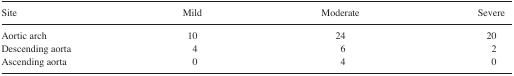
| Site | Mild | Moderate | Severe |
 | --- | --- | --- | --- |
 | Aortic arch | 10 | 24 | 20 |
 | Descending aorta | 4 | 6 | 2 |
 | Ascending aorta | 0 | 4 | 0 |